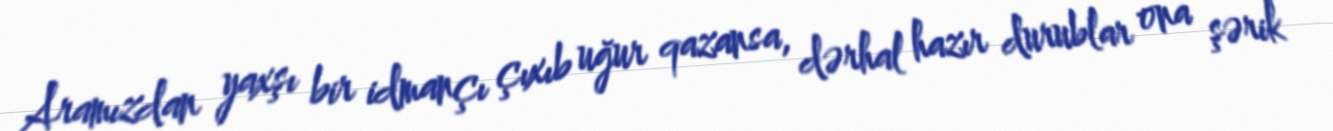
Aramızdan yaxşı bir idmançı çıxıb uğur qazansa, dərhal hazır durublar ona şərik